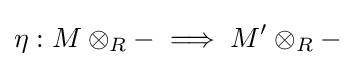
\eta :M\otimes _{R}-\implies M'\otimes _{R}-